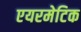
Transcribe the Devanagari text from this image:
एयरमेटिक